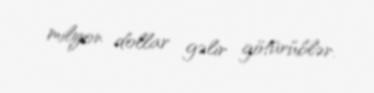
milyon dollar gəlir götürüblər.